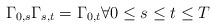
LaTeX: \begin{align*}\Gamma _{0,s}\Gamma _{s,t}=\Gamma _{0,t}\forall 0\leq s\leq t\leq T \end{align*}